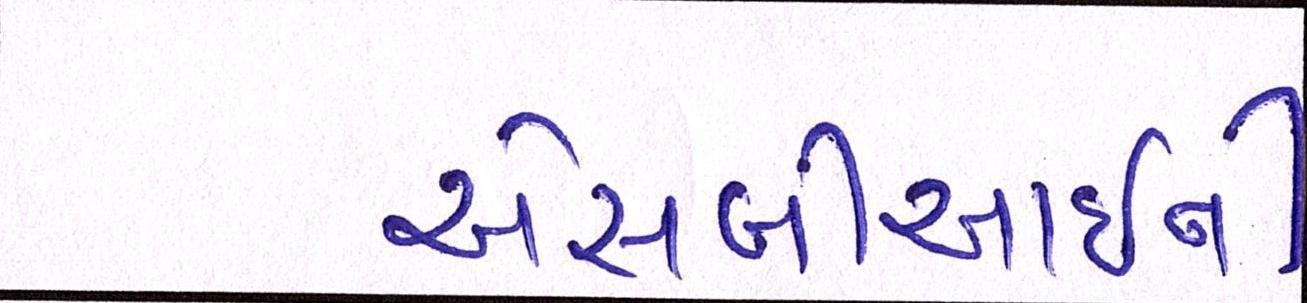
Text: એસબીઆઇની